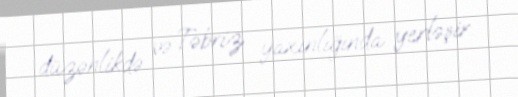
düzənlikdə və Təbriz yaxınlığında yerləşir..